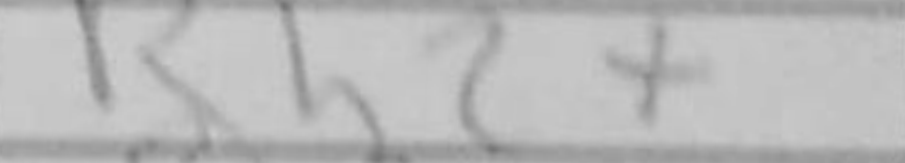
Transcription: Rh2+